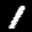
Label: 1